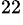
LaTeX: ^{22}